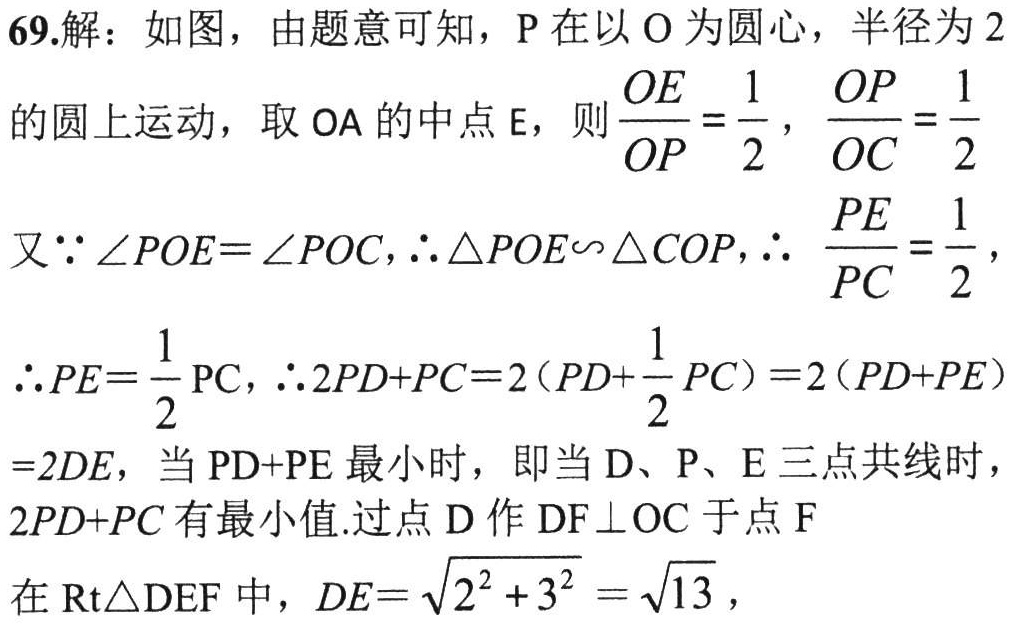
69.解：如图，由题意可知，P在以O为圆心，半径为2
的圆上运动，取OA的中点E，则$\frac{OE}{OP}=\frac{1}{2}$，$\frac{OP}{OC}=\frac{1}{2}$
又$\because \angle POE = \angle POC$，$\therefore \triangle POE\sim\triangle COP$，$\therefore \frac{PE}{PC}=\frac{1}{2}$，
$\therefore PE=\frac{1}{2}PC$，$\therefore 2PD + PC = 2(PD+\frac{1}{2}PC)=2(PD + PE)$
$= 2DE$，当$PD + PE$最小时，即当D、P、E三点共线时，
$2PD + PC$有最小值.过点D作$DF\perp OC$于点F
在$Rt\triangle DEF$中，$DE = \sqrt{2^{2}+3^{2}}=\sqrt{13}$，